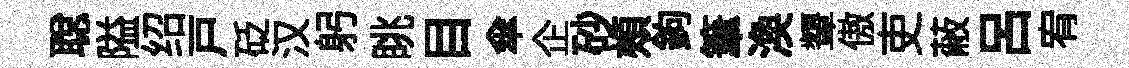
聪隘绍戸砭汉躬眺目傘企砂頰鉤筆渙顰傲吏蔽吕宥